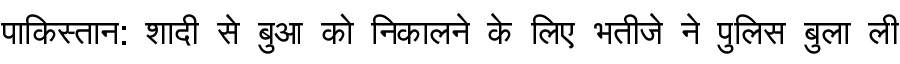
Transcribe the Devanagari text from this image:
पाकिस्तान: शादी से बुआ को निकालने के लिए भतीजे ने पुलिस बुला ली